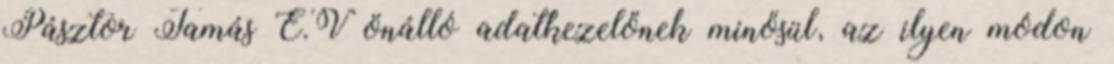
Pásztor Tamás E.V önálló adatkezelőnek minősül, az ilyen módon